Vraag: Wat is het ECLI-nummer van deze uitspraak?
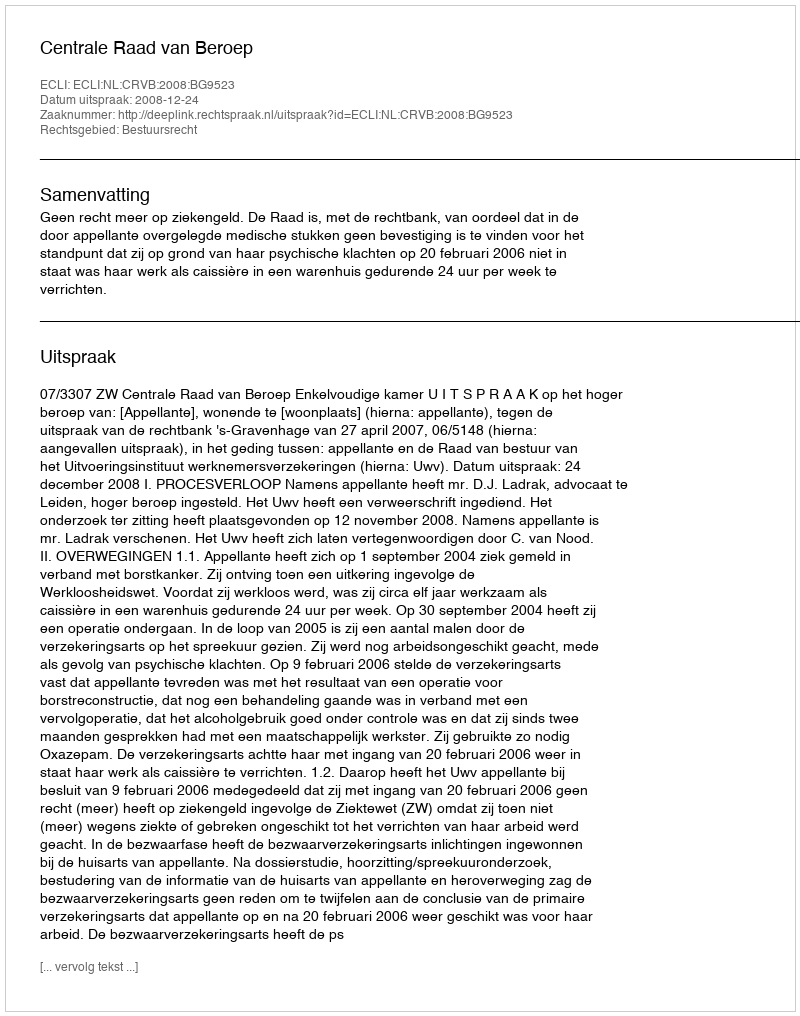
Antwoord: ECLI:NL:CRVB:2008:BG9523